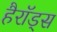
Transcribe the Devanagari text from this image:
हैरॉड्स